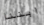
ابننا